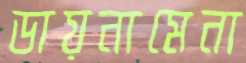
ডায়নামেনা